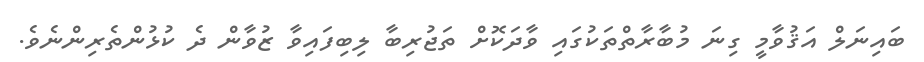
ބައިނަލް އަޤުވާމީ ގިނަ މުބާރާތްތަކުގައި ވާދަކޮށް ތަޖުރިބާ ލިބިފައިވާ ޒުވާން ދެ ކުޅުންތެރިންނެވެ.